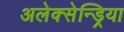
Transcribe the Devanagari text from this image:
अलेक्सेन्ड्रिया